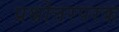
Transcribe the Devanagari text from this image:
प्रश्नोत्तरपरक